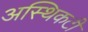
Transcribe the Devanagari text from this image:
अस्थिकटी